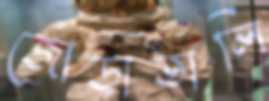
জোড়াতালি